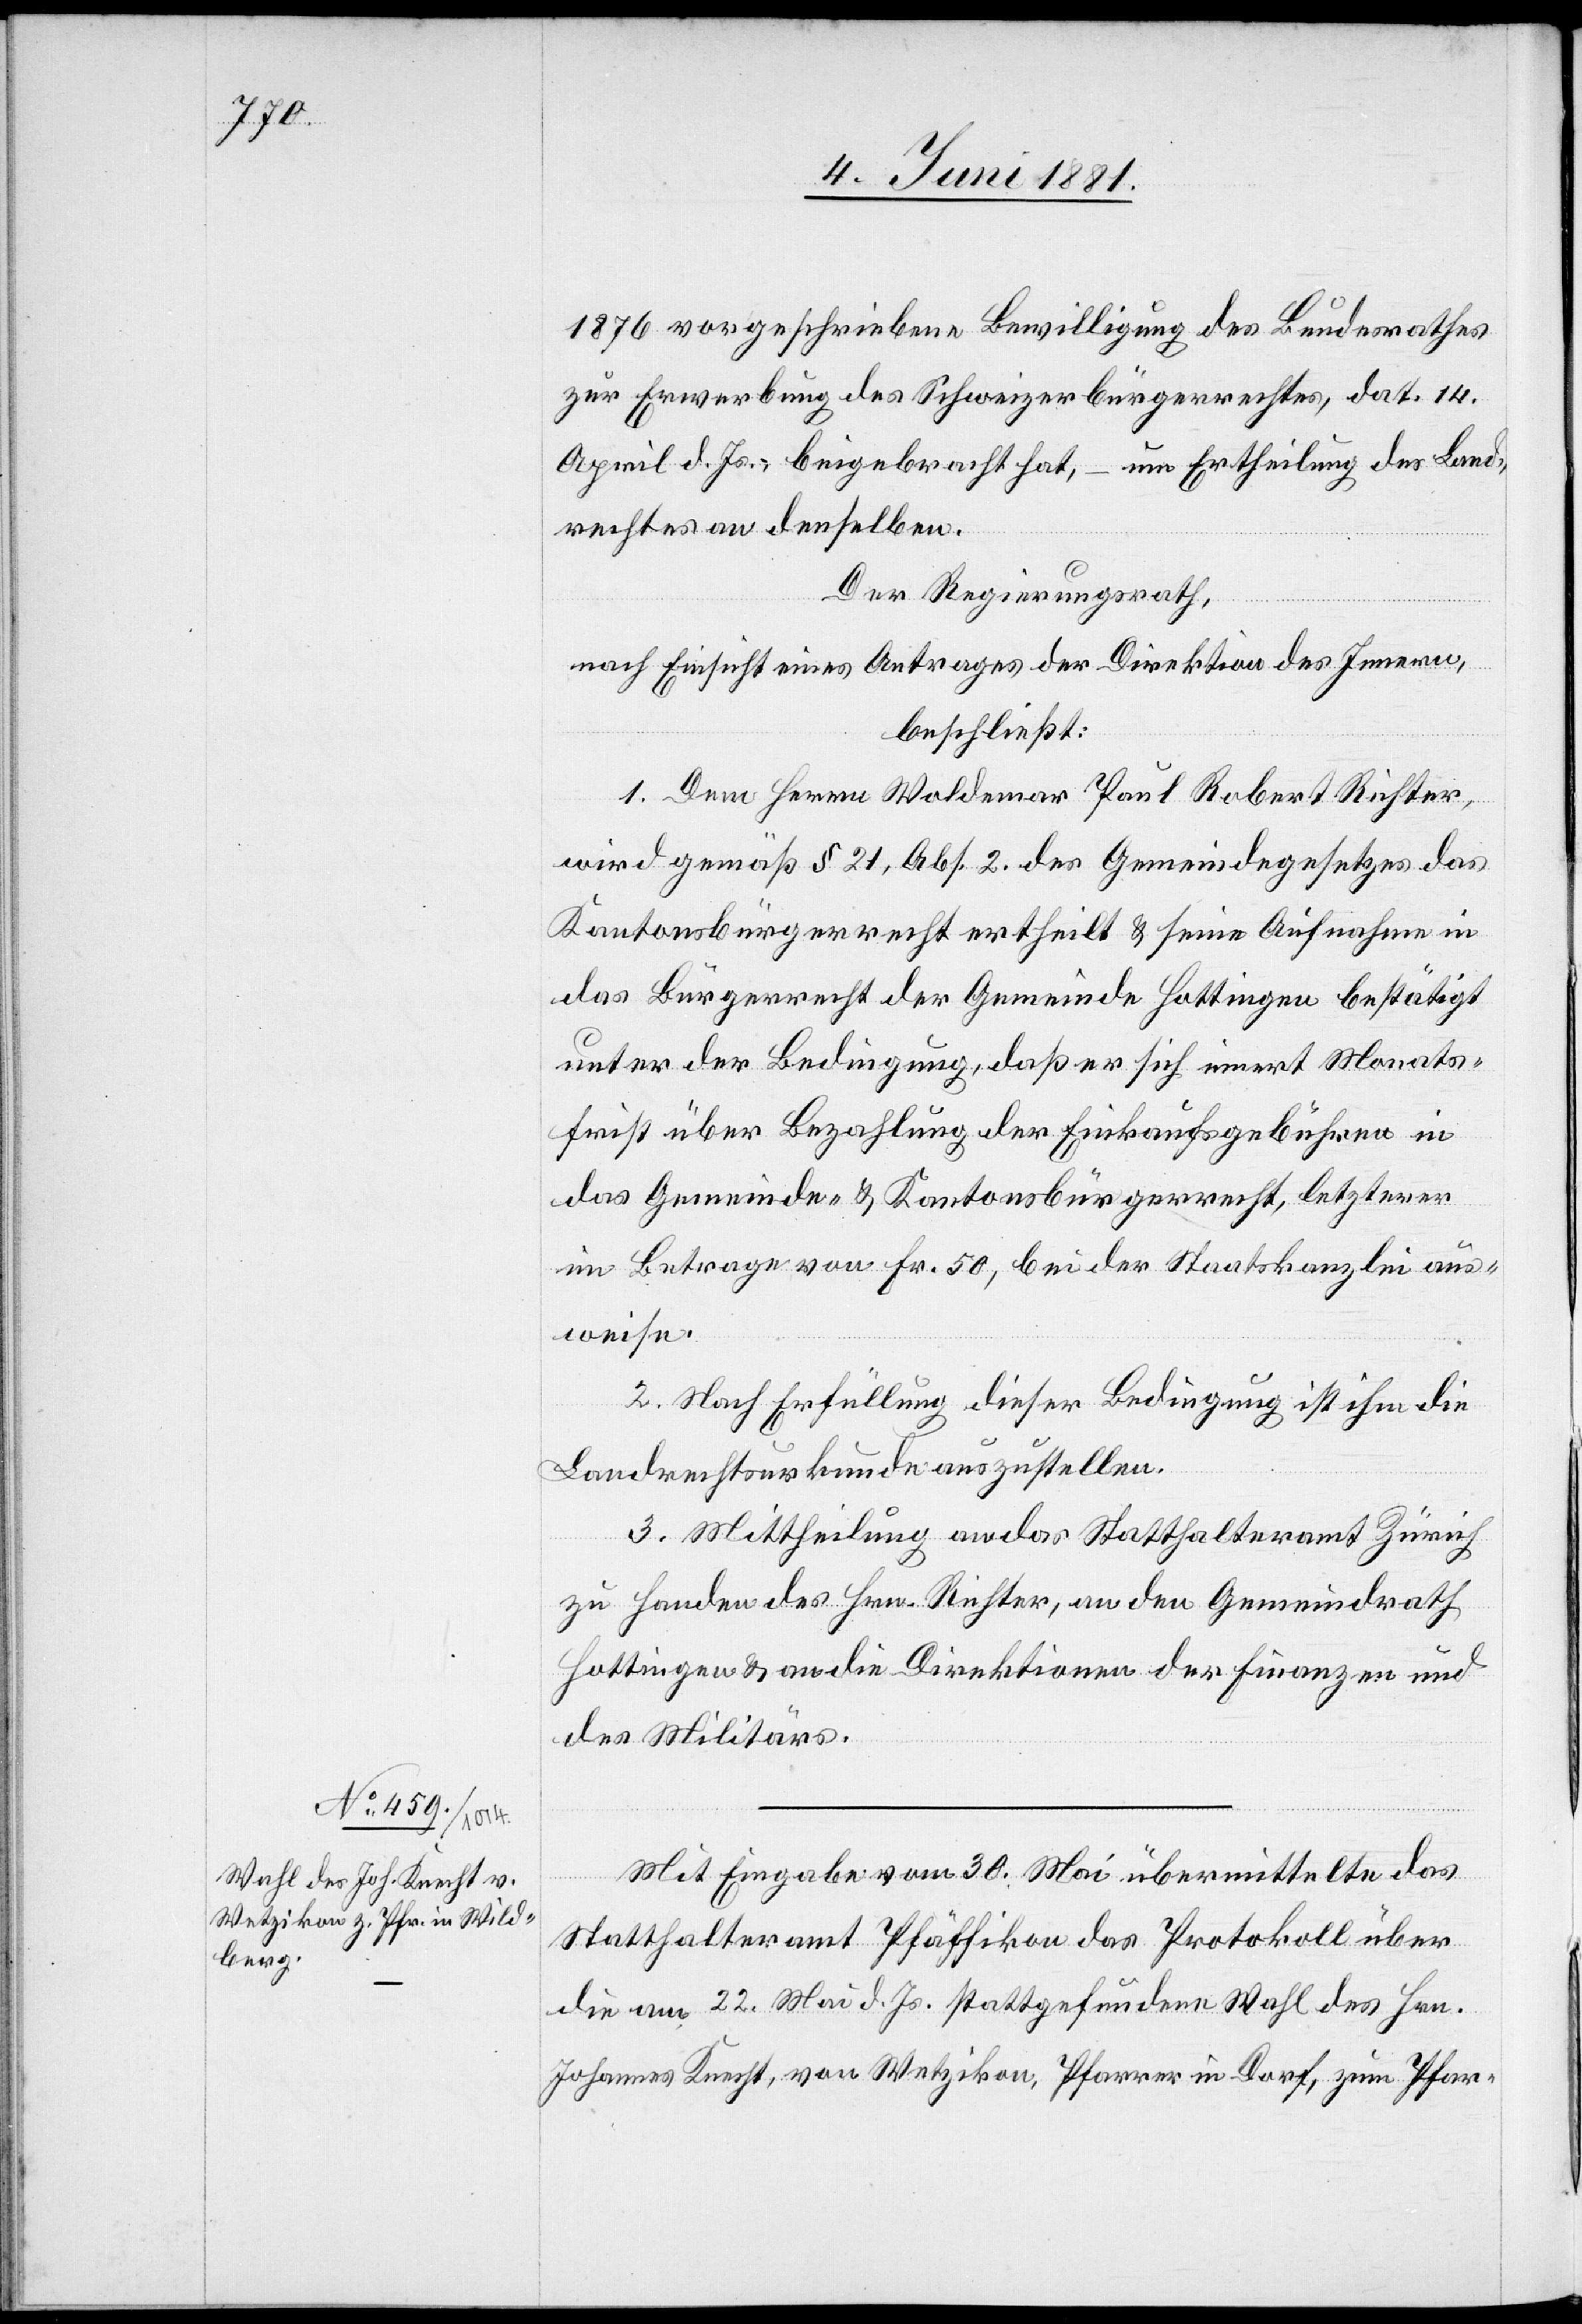
1876 vorgeschriebene Bewilligung des Bundesrathes
zur Erwerbung des Schweizerbürgerrechtes, dat. 14.
April d. Js., beigebracht hat, – um Ertheilung des Lande¬
srechtes an denselben.
Der Regierungsrath,
nach Einsicht eines Antrages der Direktion des Innern,
beschließt:
1. Dem Herrn Waldemar Paul Robert Richter,
wird gemäß § 21, Abs. 2. des Gemeindegesetzes das
Kantonsbürgerrecht ertheilt & seine Aufnahme in
das Bürgerrecht der Gemeinde Hottingen bestätigt
unter der Bedingung, daß er sich innert Monats¬
frist über Bezahlung der Einkaufsgebühren in
das Gemeinde- & Kantonsbürgerrecht, letzterer
im Betrage von Fr. 50, bei der Staatskanzlei aus¬
weise.
2. Nach Erfüllung dieser Bedingung ist ihm die
Landrechtsurkunde auszustellen.
3. Mittheilung an das Statthalteramt Zürich
zu Handen des Hrn. Richter, an den Gemeindrath
Hottingen & an die Direktionen der Finanzen und
des Militärs.
Mit Eingabe vom 30. Mai übermittelte das
Statthalteramt Pfäffikon das Protokoll über
die am 22. Mai d. Js. stattgefundene Wahl des Hrn.
Johannes Knecht, von Wetzikon, Pfarrer in Dorf, zum Pfar-